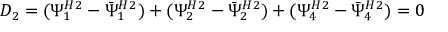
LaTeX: D _ { 2 } = ( { \Psi _ { 1 } ^ { H } } { } ^ { 2 } - { \bar { \Psi } _ { 1 } ^ { H } } { } ^ { 2 } ) + ( { \Psi _ { 2 } ^ { H } } { } ^ { 2 } - { \bar { \Psi } _ { 2 } ^ { H } } { } ^ { 2 } ) + ( { \Psi _ { 4 } ^ { H } } { } ^ { 2 } - { \bar { \Psi } _ { 4 } ^ { H } } { } ^ { 2 } ) = 0